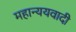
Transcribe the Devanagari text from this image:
महान्ययवादी